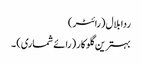
ردا بلال (رائٹر)
بہترین گلوکار (رائے شماری) ۔